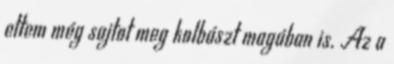
ettem még sajtot meg kolbászt magában is. Az a